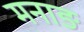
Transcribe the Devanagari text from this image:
मनाङ